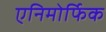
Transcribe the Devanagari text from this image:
एनिमोर्फिक